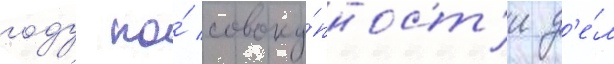
году по́ совоку́пност'и д'е́л